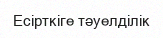
Есірткіге тәуелділік